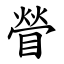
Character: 䁝